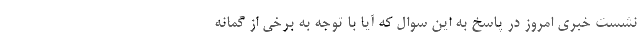
نشست خبری امروز در پاسخ به این سوال که آیا با توجه به برخی از گمانه